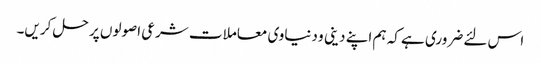
اس لئے ضروری ہے کہ ہم اپنے دینی و دنیاوی معاملات شرعی اصولوں پر حل کریں۔